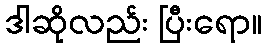
ဒါဆိုလည်း ပြီးရော။